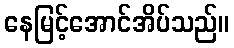
နေမြင့်အောင်အိပ်သည်။